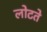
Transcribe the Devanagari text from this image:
लोटते